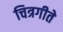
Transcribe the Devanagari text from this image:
चित्रगीते